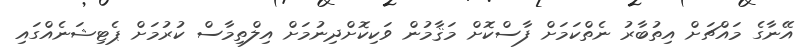
އޭނާގެ މައްޗަށް އިތުބާރު ނެތްކަމަށް ފާސްކޮށް މަޤާމުން ވަކިކޮށްދިނުމަށް އިލްތިމާސް ކުރުމަށް ޕެޓިޝަނެއްގައި